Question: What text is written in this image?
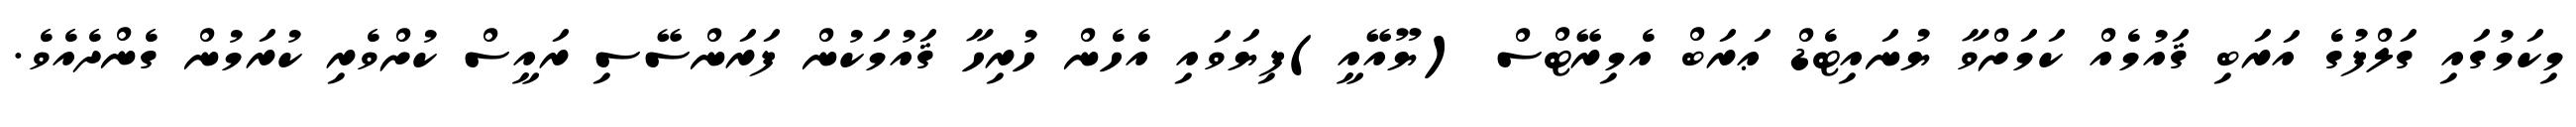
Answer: މިކަމުގައި ގަލްފުގެ އަރަބި ޤައުމެއް ކަމަށްވާ ޔުނައިޓެޑް ޢަރަބް އެމިރޭޓްސް (ޔޫއޭއީ)ފިޔަވައި އެހެން ހުރިހާ ޤައުމަކުން ފަރަންސޭސި ރައީސް ކުށްވެރި ކުރަމުން ގެންދެއެވެ.